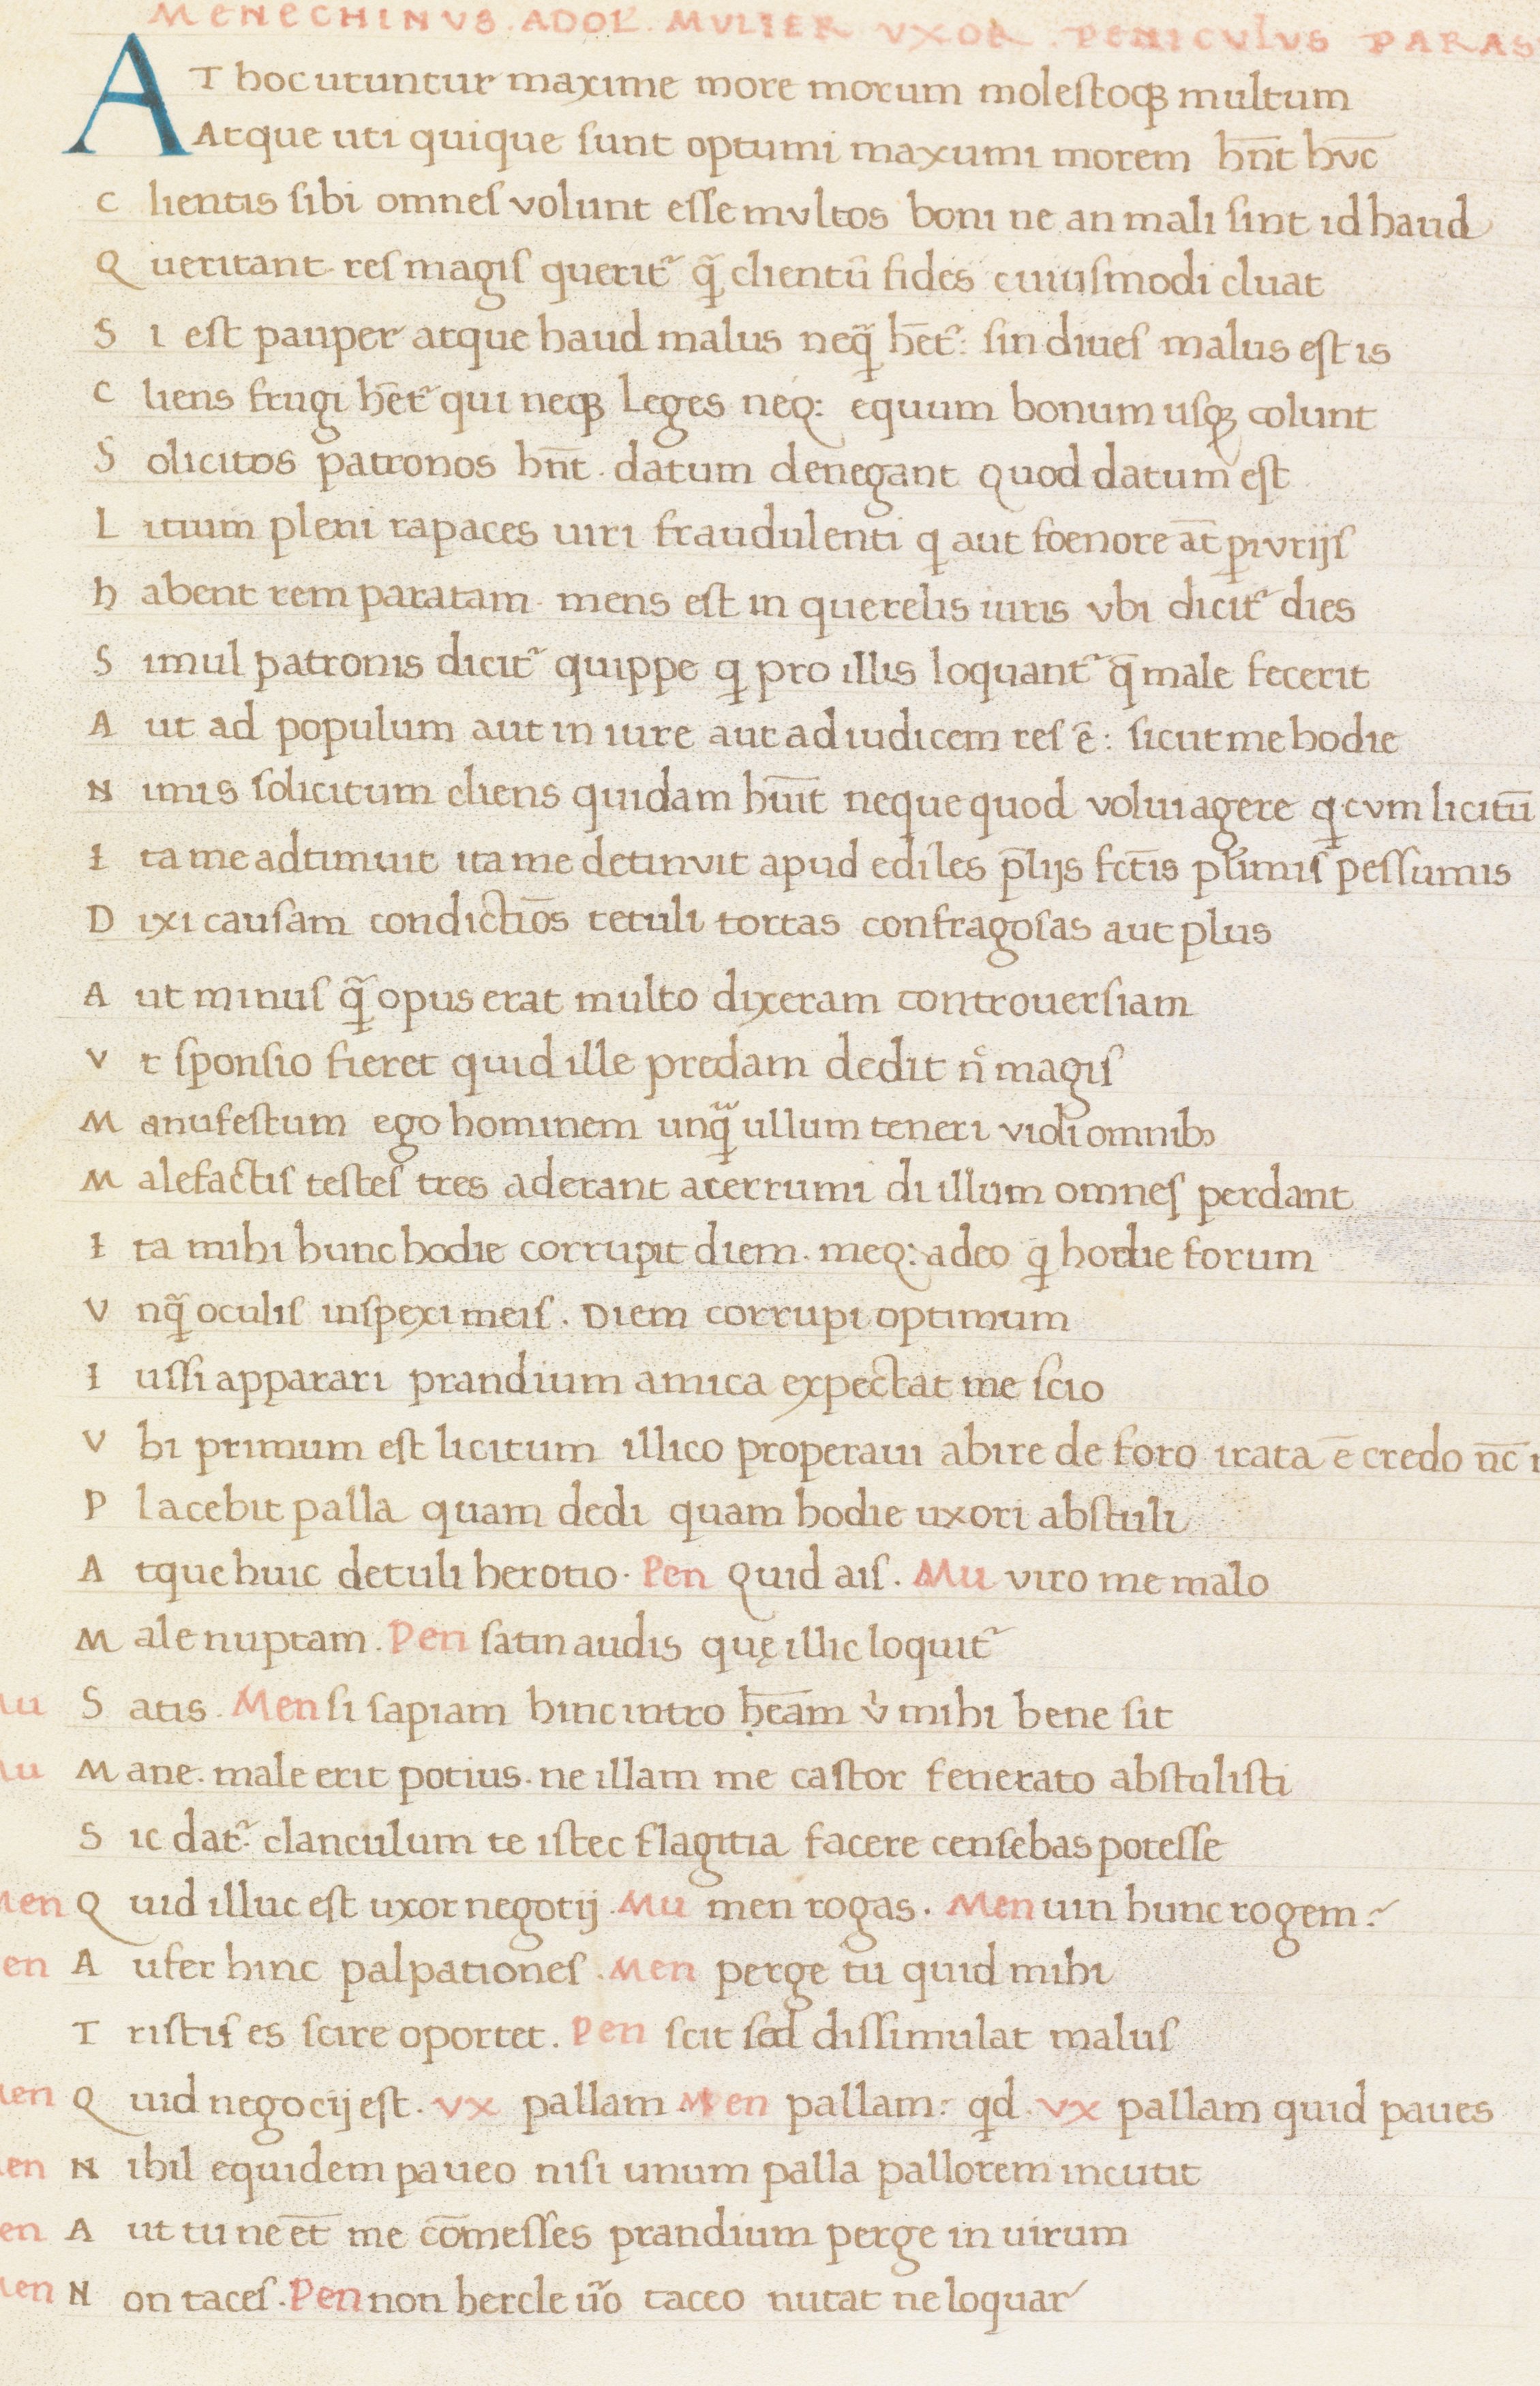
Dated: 1400–1499